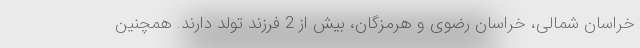
خراسان شمالی، خراسان رضوی و هرمزگان، بیش از 2 فرزند تولد دارند. همچنین